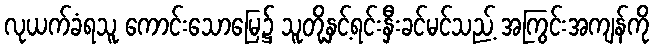
လုယက်ခံရသူ ကောင်းသောမြေ၌ သူတို့နှင့်ရင်းနှီးခင်မင်သည့် အကြွင်းအကျန်ကို